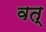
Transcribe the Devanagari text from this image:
वत्